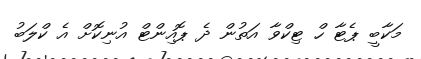
މަކާބީ ޕެޓާ ހް ޓިކްވާ އަތުން ދެ ޕޮއިންޓް އުނިކޮށް އެ ކްލަބު